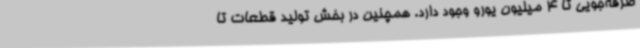
صرفه‌جویی تا 4 میلیون یورو وجود دارد. همچنین در بخش تولید قطعات تا